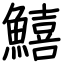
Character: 鱚